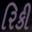
રિકી